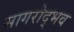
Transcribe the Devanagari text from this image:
सागरोद्भव